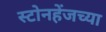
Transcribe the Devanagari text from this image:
स्टोनहेंजच्या